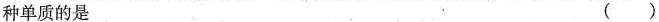
种单质的是 ()